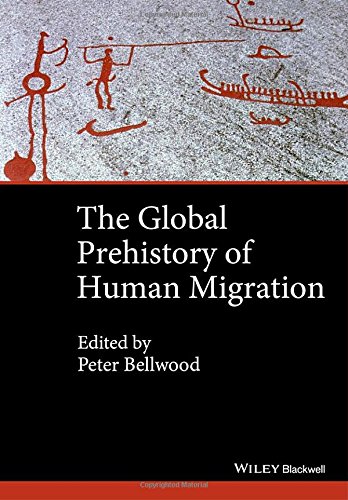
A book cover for The Global Prehistory of Human Migration; Immanuel Ness; Politics & Social Sciences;